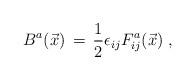
LaTeX: \begin{align*} B^a(\vec{x}) \, = \, \frac{1}{2} \epsilon_{ij} F_{ij}^a (\vec{x}) \; ,\end{align*}